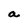
Character: a